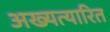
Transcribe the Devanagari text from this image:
अख्यत्यारित